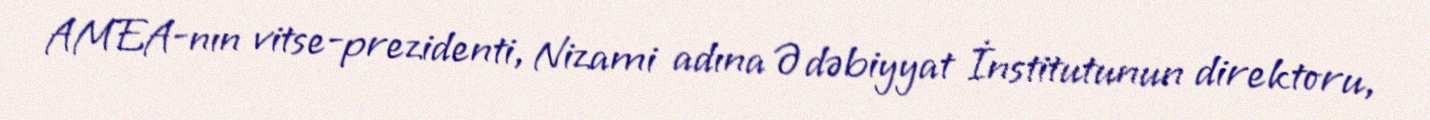
AMEA-nın vitse-prezidenti, Nizami adına Ədəbiyyat İnstitutunun direktoru,